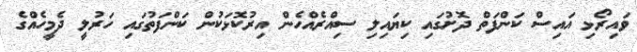
ވައިރޯޅި އައިސް ކަންފަތް ދޮށުގައި ކިޔައިލި ސިއްރެއްހެން އިރުކޮޅަކުން ކަންފަތުގައި ހަރުލީ ދެމީހެއްގެ